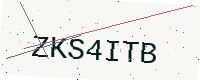
Text: ZKS4ITB